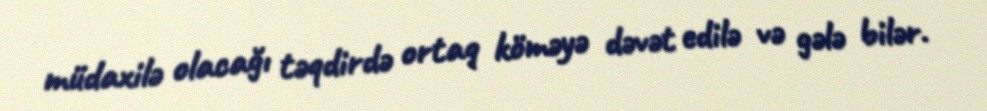
müdaxilə olacağı təqdirdə ortaq köməyə dəvət edilə və gələ bilər.